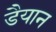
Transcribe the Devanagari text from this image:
डैयान